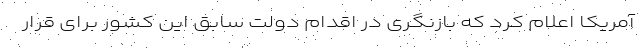
آمریکا اعلام کرد که بازنگری در اقدام دولت سابق این کشور برای قرار